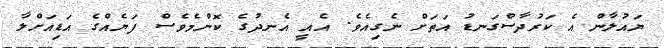
ޔައުލާން އެ ކަރުދާސްގަނޑު އަތަށް ނެގިއެވެ. އެއީ އެނދުގެ ކޮންމެވެސް ފަޔެއްގެ އަޑިއަށްލާ